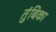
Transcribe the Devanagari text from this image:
तुंबिका